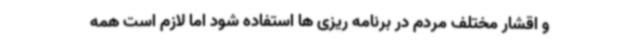
و اقشار مختلف مردم در برنامه ریزی ها استفاده شود اما لازم است همه